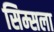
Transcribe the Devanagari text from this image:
सिम्सला